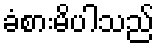
ခံစားမိပါသည်